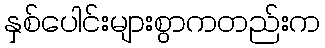
နှစ်ပေါင်းများစွာကတည်းက